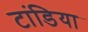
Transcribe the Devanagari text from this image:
टांडिया